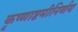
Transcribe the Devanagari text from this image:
कृष्णाष्टमीनिर्णय